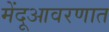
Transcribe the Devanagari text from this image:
मेंदूआवरणात